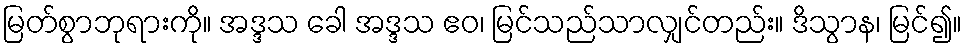
မြတ်စွာဘုရားကို။ အဒ္ဒသ ခေါ အဒ္ဒသ ဧဝ၊ မြင်သည်သာလျှင်တည်း။ ဒိသွာန၊ မြင်၍။